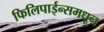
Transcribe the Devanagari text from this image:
फिलिपाईन्समधून